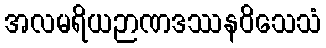
အလမရိယဉာဏဒဿနဝိသေသံ